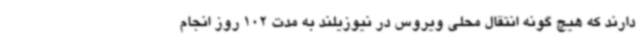
دارند که هیچ گونه انتقال محلی ویروس در نیوزیلند به مدت 102 روز انجام